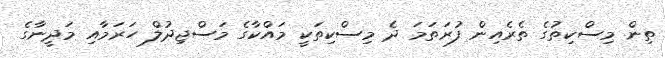
ތިން މިސްކިތުގެ ތެރެއިން ފުރަތަމަ ދެ މިސްކިތަކީ މައްކާގެ މަސްޖިދުލް ހަރަމާއި މަދީނާގެ